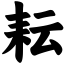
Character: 耘